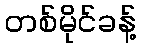
တစ်မိုင်ခန့်